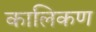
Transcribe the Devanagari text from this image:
कालिकण